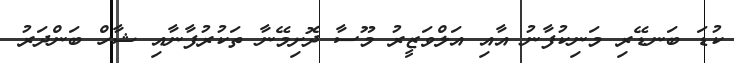
ކުޑަ ބަނޑޭރި މަނިކުފާނު އާއި އަލްވަޒީރު މޫސާ ދޮށިމޭނާ ތަކުރުފާނާއި ޝާހް ބަންދަރު